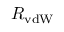
R _ { \mathrm { v d W } }